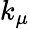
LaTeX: k_{\mu}